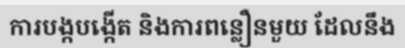
ការបង្កបង្កើត និងការពន្លឿនមួយ ដែលនឹង